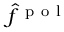
\hat { f } ^ { \mathrm { ~ p ~ o ~ l ~ } }